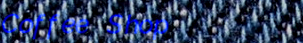
Coffee Shop